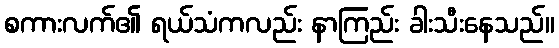
စကားလက်၏ ရယ်သံကလည်း နာကြည်း ခါးသီးနေသည်။